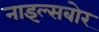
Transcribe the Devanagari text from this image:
नाइल्सबोर